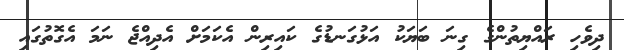
ދިވެހި ރައްޔިތުންގެ ގިނަ ބަޔަކު އަޅުގަނޑުގެ ކައިރިން އެކަމަށް އެދިއްޖެ ނަމަ އެގޮތުގައި